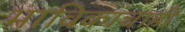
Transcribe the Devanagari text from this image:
भाविकांचाही